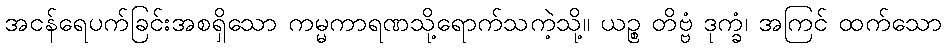
အငန်ရေပက်ခြင်းအစရှိသော ကမ္မကာရဏသို့ရောက်သကဲ့သို့။ ယဉ္စ တိဗ္ဗံ ဒုက္ခံ၊ အကြင် ထက်သော